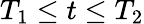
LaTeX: T_{1}\leq t\leq T_{2}